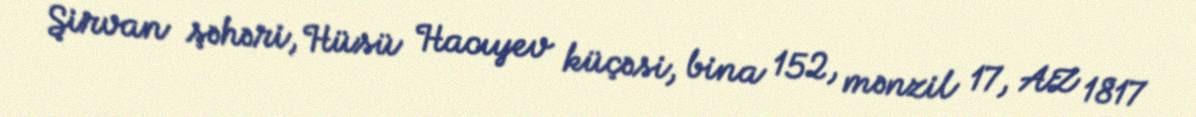
Şirvan şəhəri, Hüsü Hacıyev küçəsi, bina 152, mənzil 17, AZ 1817